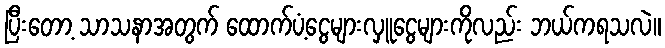
ပြီးတော့ သာသနာအတွက် ထောက်ပံ့ငွေများလှူငွေများကိုလည်း ဘယ်ကရသလဲ။